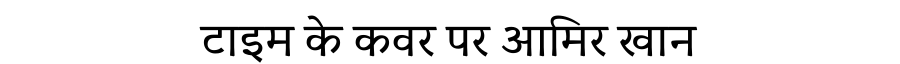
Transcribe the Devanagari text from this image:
टाइम के कवर पर आमिर खान